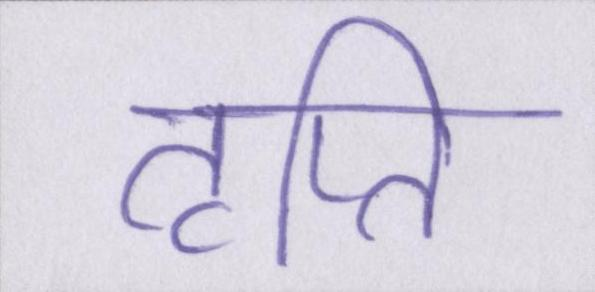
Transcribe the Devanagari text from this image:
तृप्ति